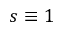
s \equiv 1